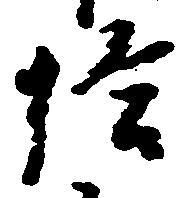
給